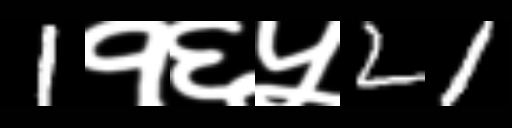
Text: 1१६५21